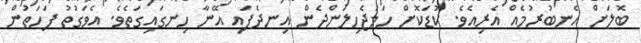
ބޮލަށް އެނބުރުމެއް އެރިއެވެ. ކުޑަކޮށް ހަމަޖެހިލަންދެން އިނދެފައި އޭނާ ހިނގައިގަތެވެ. އެވަގުތު ފަހަތުން